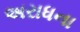
અરાધના